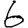
Digit: 6